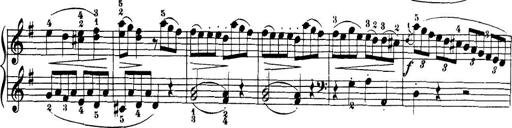
Title: 32 Sonatinas and Rondos for the Piano
Composer: Richard Kleinmichel